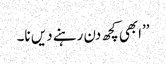
’’ابھی کچھ دن رہنے دیں نا۔